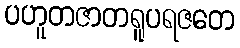
ပဟူတဇာတရူပရဇတေ